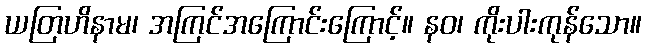
ယတြဟိနာမ၊ အကြင်အကြောင်းကြောင့်။ နဝ၊ ကိုးပါးကုန်သော။